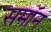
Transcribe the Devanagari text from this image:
समॉन